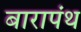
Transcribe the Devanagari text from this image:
बारापंथ